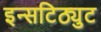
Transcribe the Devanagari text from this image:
इन्सटिठ्युट